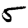
Digit: 5